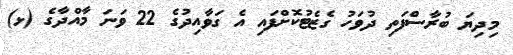
މިދިޔަ ބުރާސްފަތި ދުވަހު ގެޒެޓުކޮށްފައި އެ ގަވާއިދުގެ 22 ވަނަ މާއްދާގެ (ޅ)